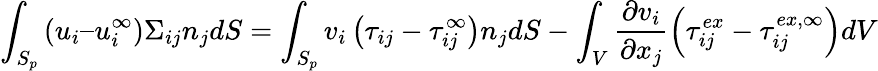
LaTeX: \int_{S_{p}}\left(u_{i}–u_{i}^{\infty}\right)\Sigma_{ij}n_{j}dS=\int_{S_{p}}v_{i}\left(\tau_{ij}-\tau_{ij}^{\infty}\right)n_{j}dS-\int_{V}\frac{\partial v_{i}}{\partial x_{j}}\left(\tau_{ij}^{ex}-\tau_{ij}^{ex,\infty}\right)dV